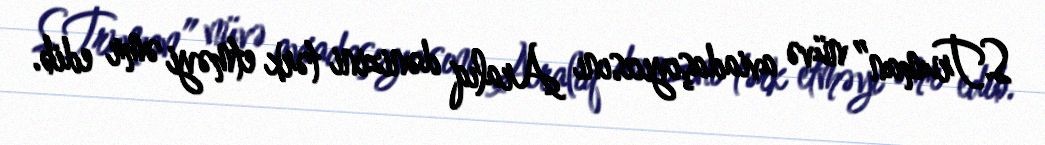
S.Truman” nüvə aviadaşıyıcısını Aralıq dənizini tərk etməyi əmr edib.